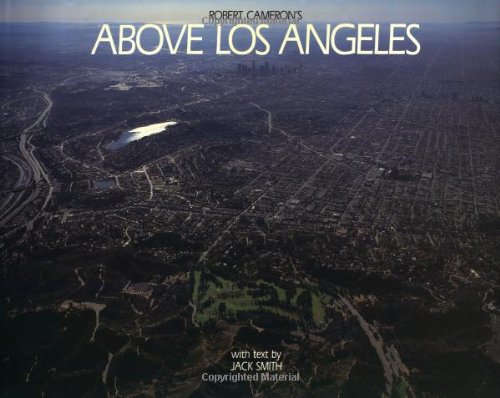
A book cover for Above Los Angeles; Robert Cameron; Travel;